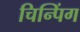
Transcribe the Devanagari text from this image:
चिन्पिंग